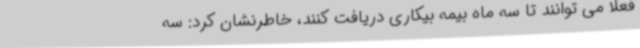
فعلا می توانند تا سه ماه بیمه بیکاری دریافت کنند، خاطرنشان کرد: سه